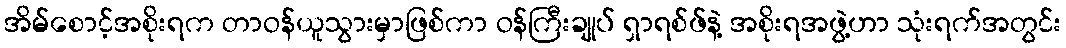
အိမ်စောင့်အစိုးရက တာဝန်ယူသွားမှာဖြစ်ကာ ဝန်ကြီးချုပ် ရှာရစ်ဖ်နဲ့ အစိုးရအဖွဲ့ဟာ သုံးရက်အတွင်း